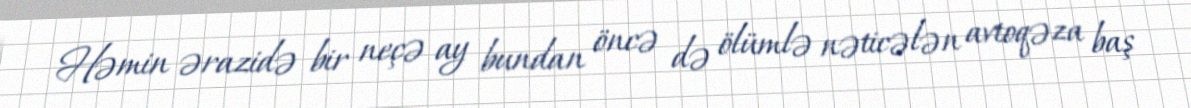
Həmin ərazidə bir neçə ay bundan öncə də ölümlə nəticələn avtoqəza baş